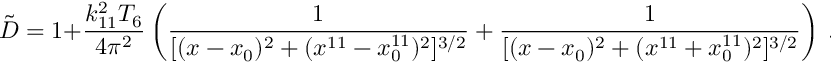
{ \tilde { D } } = 1 + { \frac { k _ { 1 1 } ^ { 2 } T _ { 6 } } { 4 \pi ^ { 2 } } } \left( { \frac { 1 } { [ ( x - x _ { 0 } ) ^ { 2 } + ( x ^ { 1 1 } - x _ { 0 } ^ { 1 1 } ) ^ { 2 } ] ^ { 3 / 2 } } } + { \frac { 1 } { [ ( x - x _ { 0 } ) ^ { 2 } + ( x ^ { 1 1 } + x _ { 0 } ^ { 1 1 } ) ^ { 2 } ] ^ { 3 / 2 } } } \right) \ .